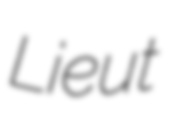
Lieut